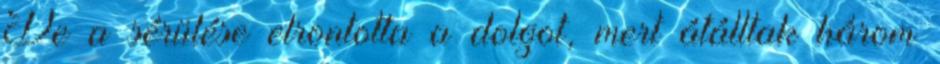
De a sérülése elrontotta a dolgot, mert átálltak három